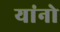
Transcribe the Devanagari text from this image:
यांनो